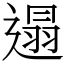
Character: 遢